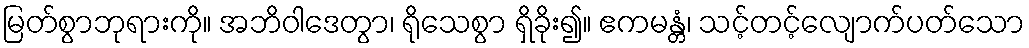
မြတ်စွာဘုရားကို။ အဘိဝါဒေတွာ၊ ရိုသေစွာ ရှိခိုး၍။ ဧကမန္တံ၊ သင့်တင့်လျောက်ပတ်သော